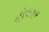
હોલકર